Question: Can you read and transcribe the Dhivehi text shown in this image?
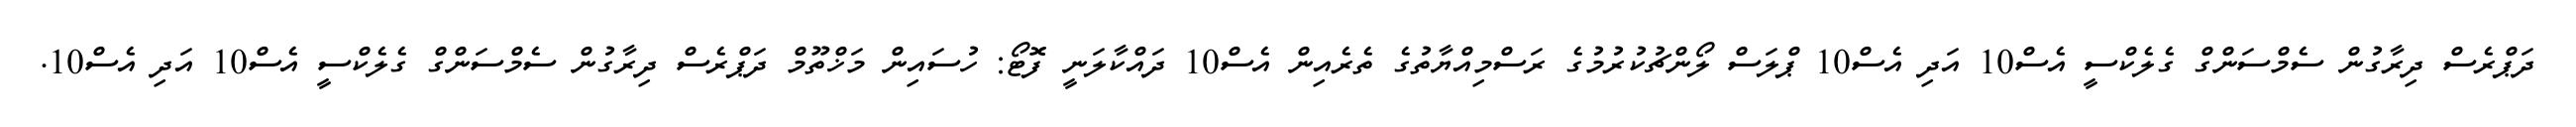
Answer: ދަޕްރެސް ދިރާގުން ސެމްސަންގް ގެލެކްސީ އެސް10 އަދި އެސް10 ޕްލަސް ލޯންޗުކުރުމުގެ ރަސްމިއްޔާތުގެ ތެރެއިން އެސް10 ދައްކާލަނީ ފޮޓޯ: ހުސައިން މަޚްތޫމް ދަޕްރެސް ދިރާގުން ސެމްސަންގް ގެލެކްސީ އެސް10 އަދި އެސް10.